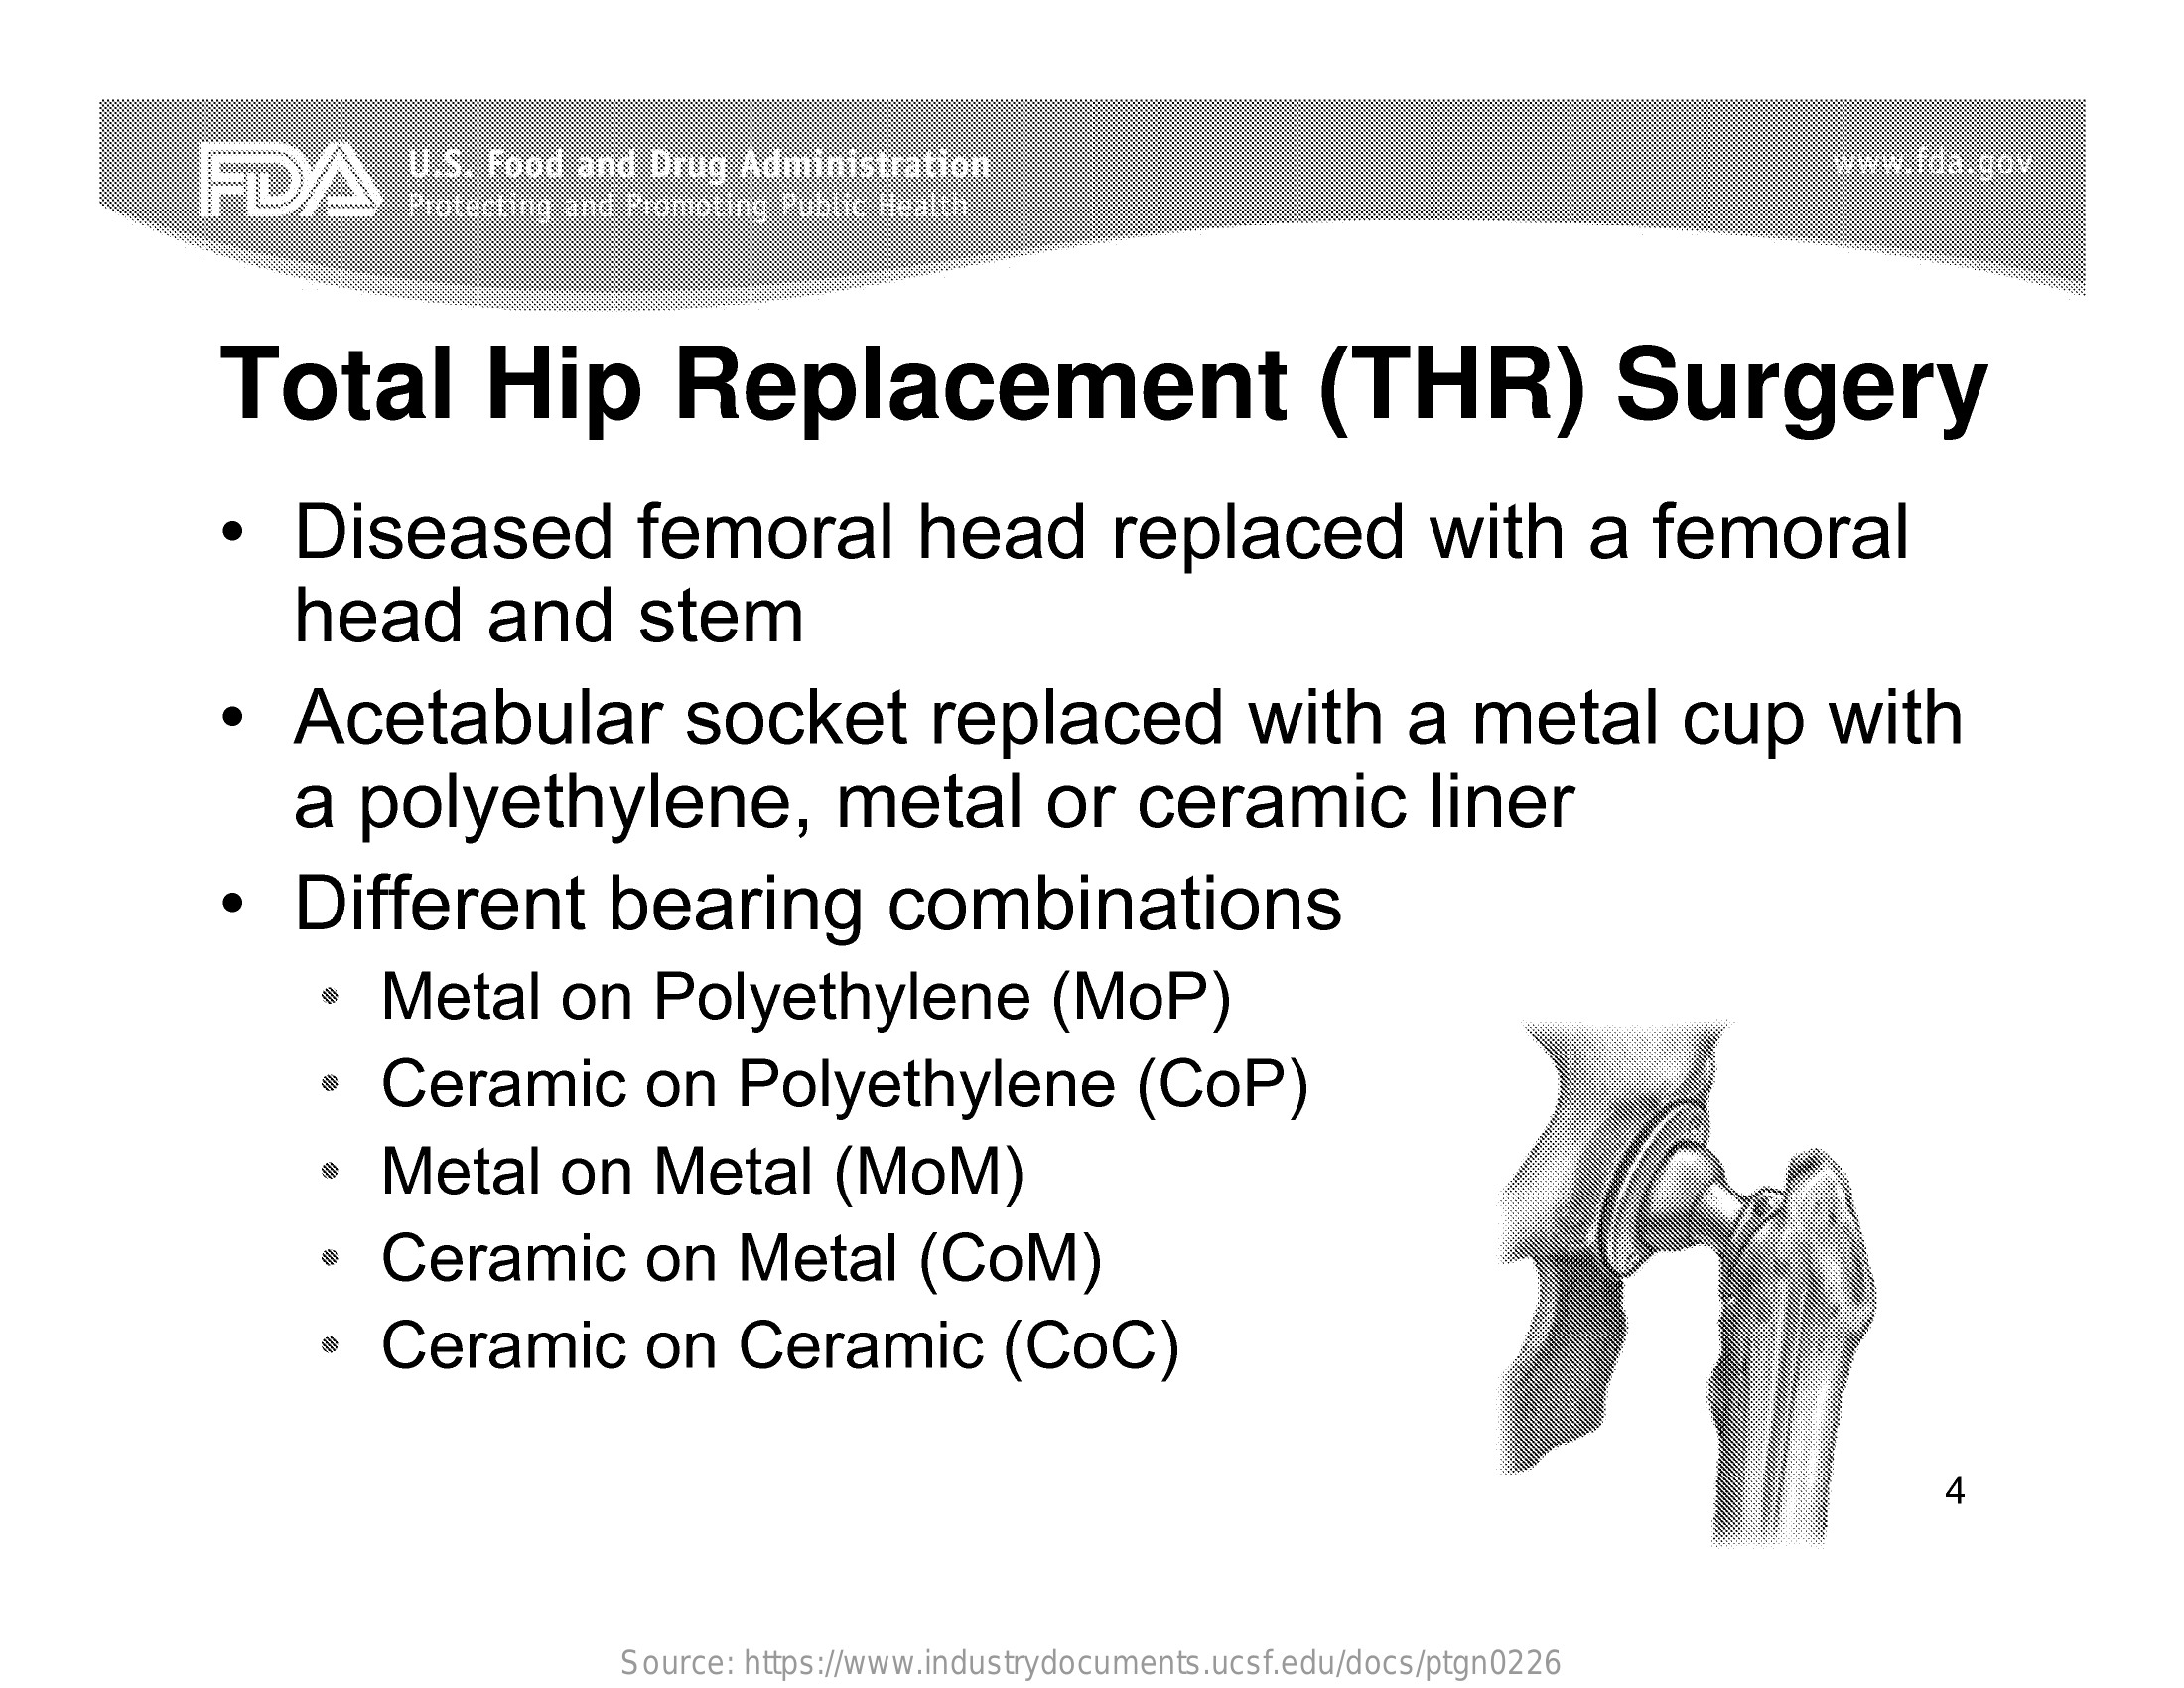
FDA    U.S. Food and  Drug  Administration    www.fda.gov
     Protecting and Promoting Public Health
     Total    Hip    Replacement    (THR)    Surgery
     ·   Diseased    femoral    head    replaced    with    a  femoral
     head    and    stem
     ·   Acetabular    socket    replaced    with    a   metal    cup    with
     a   polyethylene,    metal    or    ceramic    liner
     ·   Different    bearing    combinations
     ·  Metal    on    Polyethylene    (MoP)
     ·   Ceramic    on    Polyethylene    (CoP)
     ·   Metal    on    Metal    (MOM)
     ·   Ceramic    on    Metal    (COM)
     ·  Ceramic    on    Ceramic    (CoC)
     4
     Source: https://www.industrydocuments.ucsf.edu/docs/ptgn0226